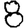
Digit: 8